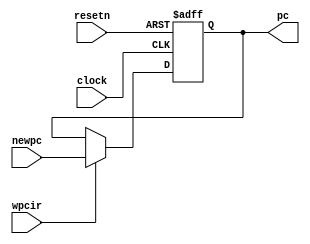
module pipepc(newpc, wpcir, clock, resetn, pc);
	input [31:0] newpc;
	input resetn, wpcir, clock;
	output reg [31:0] pc;
	always @(posedge clock or negedge resetn)
	begin
		if(resetn == 0)
		begin
			pc <= -4;
		end
		else
			if(wpcir != 0)
			begin
				pc <= newpc;
			end
	end
endmodule